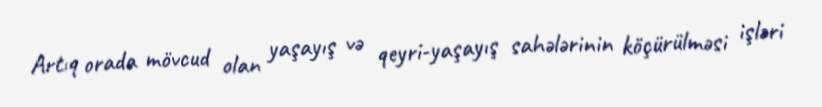
Artıq orada mövcud olan yaşayış və qeyri-yaşayış sahələrinin köçürülməsi işləri